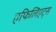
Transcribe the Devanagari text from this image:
एफिलिएट्स